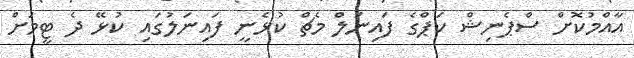
އާއްމުކޮށް ސްޕެނިޝް ކަޕްގެ ފައިނަލް މެޗް ކުޅެނީ ފައިނަލުގައި ކުޅޭ ދެ ޓީމަށް